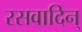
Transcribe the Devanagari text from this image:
रसवादिन्